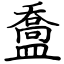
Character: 䀉